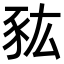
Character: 𧰯